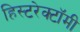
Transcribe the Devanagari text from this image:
हिस्टरेक्टॉमी